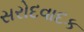
સરોદવાદક